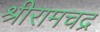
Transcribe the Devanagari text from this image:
श्रीरामचद्र